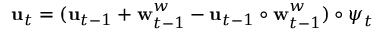
\mathbf { u } _ { t } = ( \mathbf { u } _ { t - 1 } + \mathbf { w } _ { t - 1 } ^ { w } - \mathbf { u } _ { t - 1 } \circ \mathbf { w } _ { t - 1 } ^ { w } ) \circ { \boldsymbol { \psi } } _ { t }